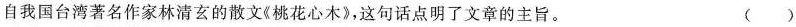
我国台湾著名作家林清玄的散文《桃花心木》，这句话点明了文章的主旨。 ( )